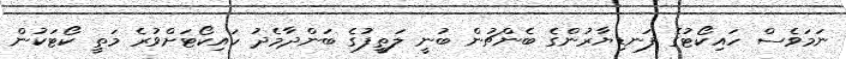
ނަމަވެސް ހައިކޯޓުގެ ފަނޑިޔާރުންގެ ބެންޗުން ބުނީ ލަތީފުގެ ބަންދާމެދު ހައިކޯޓަށްވުރެ މަތީ ކޯޓަކުން